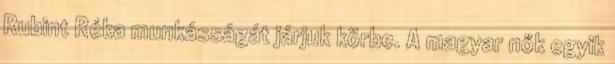
Rubint Réka munkásságát járjuk körbe. A magyar nők egyik